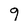
Character: 9